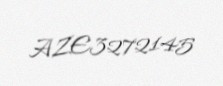
AZE3272145